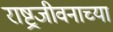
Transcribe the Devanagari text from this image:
राष्ट्रजीवनाच्या